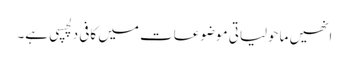
انھیں ماحولیاتی موضوعات میں کافی دلچسپی ہے۔